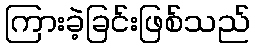
ကြားခဲ့ခြင်းဖြစ်သည်